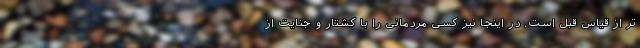
تر از قیاس قبل است. در اینجا نیز کسی مردمانی را با کشتار و جنایت از